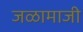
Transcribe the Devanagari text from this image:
जळामाजी